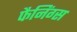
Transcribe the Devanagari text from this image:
फैनिंग्स